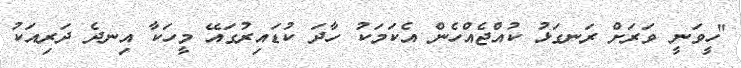
"ހީވަނީ ވަރަށް ރަނގަޅު ކުއްޖެއްހެން އެކަމަކު ހާދަ ކުޑައިރުގައޭ މީހަކާ އިނދެ ދަރިއަކު